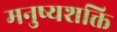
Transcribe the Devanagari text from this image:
मनुष्यशक्ति